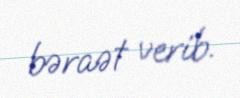
bəraət verib.